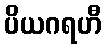
ပိယဂရဟီ